Materia medica of Madras volume I
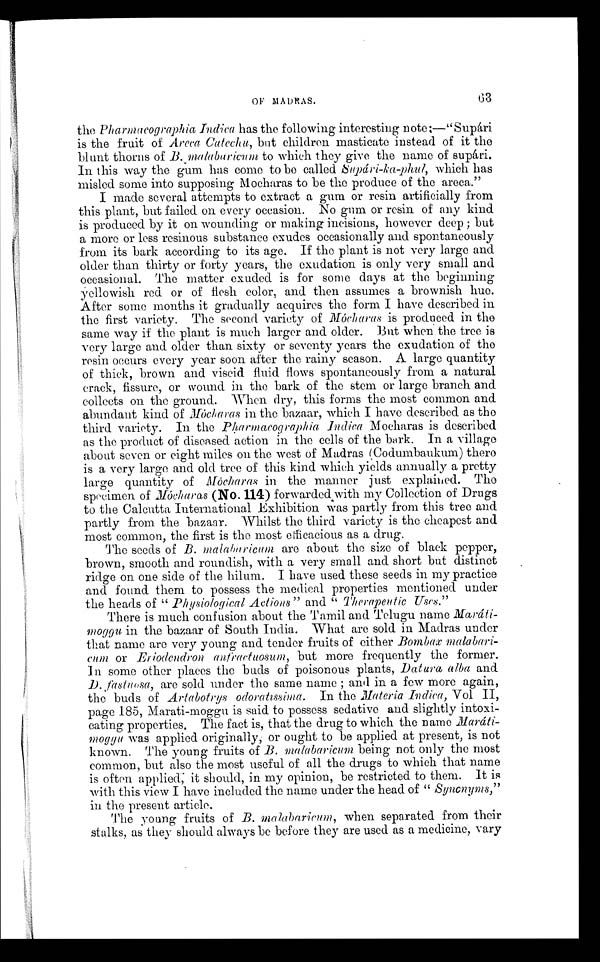
OF MADRAS.
63
the Pharmacographia Indica has the following interesting note :—"Supàri
is the fruit of Ar eca. Catechu, but children masticate instead of it the
blunt thorns of B. malabaricum to which they give the name of supári.
In this way the gum has come to be called Supári-ka-phul, which has
misled some into supposing Mocharas to be the produce of the areca."
I made several attempts to extract a gum or resin artificially from
this plant, but failed on every occasion. No gum or resin of any kind
is produced by it on wounding or making incisions, however deep; but
a more or less resinous substance exudes occasionally and spontaneously
from its bark according to its age. If the plant is not very large and
older than thirty or forty years, the exudation is only very small and
occasional. The matter exuded is for some days at the beginning
Yellowish red or of flesh color, and then assumes a brownish hue.
After some months it gradually acquires the form I have described in
the first variety. The second variety of Mócharas is produced in the
same way if the plant is much larger and older. But when the tree is
very large and older than sixty or seventy years the exudation of the
resin occurs every year soon after the rainy season. A large quantity
of thick, brown and viscid fluid flows spontaneously from a natural
crack, fissure, or wound in the bark of the stem or large branch and
collects on the ground. When dry, this forms the most common and
abundant kind of Mócharas in the bazaar, which I have described as the
third variety. In the Pharmacographia Indica Mocharas is described
as the product of diseased action in the cells of the bark. In a village
about seven or eight miles on the west of Madras (Codumbaukum) there
is a very large and old tree of this kind which yields annually a pretty
large quantity of Mócharas in the manner just explained. The
specimen of Mócharas (No. 114) forwarded with my Collection of Drugs
to the Calcutta International Exhibition was partly from this tree and
partly from the bazaar. Whilst the third variety is the cheapest and
most common, the first is the most efficacious as a drug.
The seeds of B. malabaricum are about the size of black pepper,
brown, smooth and roundish, with a very small and short but distinct
ridge on one side of the hilum. I have used these seeds in my practice
and found them to possess the medical properties mentioned under
the heads of " Physiological Actions" and " Therapeutic Uses."
There is much confusion about the Tamil and Telugu name
Maráti-moggu in the bazaar of South India. What are sold in Madras under
that name are very young and tender fruits of either Bombax
m a l a b a r i - c u m
o r
E r i o d e n d r o n a n f r a c t u o s u m ,b
u t m o r e f r e q u e n t l y t h e f o r m e r .
In some other places the buds of poisonous plants, Datura alba and
D. fastuosa, are sold under the same name; and in a few more again,
the buds of Artabotrys odoratissima. In the Materia Indica, Vol II,
page 185, Marati-moggu is said to possess sedative and slightly intoxi-
cating properties. The fact is, that the drug to which the name
Maráti-moggu was applied originally; or ought to be applied at present, is not
known. The young fruits of B. malabaricum being. not only the most
common, but also the most useful of all the drugs to which that name
is often applied; it should, in my opinion, be restricted to them. It is
with this view I have included the name under the head of " Synonyms,"
in the present article.
The young fruits of B. malabaricum, when separated from their
stalks, as they should always be before they are used as a medicine, vary